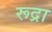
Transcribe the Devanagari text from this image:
रूद्रा